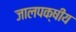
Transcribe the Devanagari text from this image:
जालपक्षीय